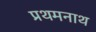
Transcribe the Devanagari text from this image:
प्रथमनाथ